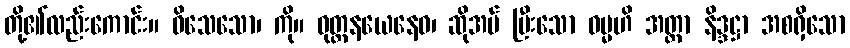
တို့၏လည်းကောင်း။ ဝိသေသော၊ ကို။ ဝုတ္တနယေနေဝ၊ ဆိုအပ် ပြီးသော ဓမ္မဟိ အတ္ထာ နိဒ္ဒဋ္ဌာ အစရှိသော